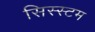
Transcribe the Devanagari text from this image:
सिस्स्टम